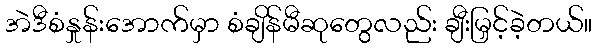
အဲဒီစံနှုန်းအောက်မှာ စံချိန်မီဆုတွေလည်း ချီးမြှင့်ခဲ့တယ်။